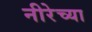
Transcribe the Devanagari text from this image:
नीरेच्या